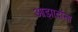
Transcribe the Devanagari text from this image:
आझादांना